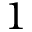
1